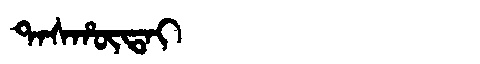
Manchu: ᡨᠠᠰᡥᡡᡨᠠᡳ
Romanization: TASHŪTAI